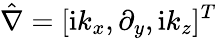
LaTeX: \hat{\nabla}=[\mathrm{i}k_{x},\partial_{y},\mathrm{i}k_{z}]^{T}